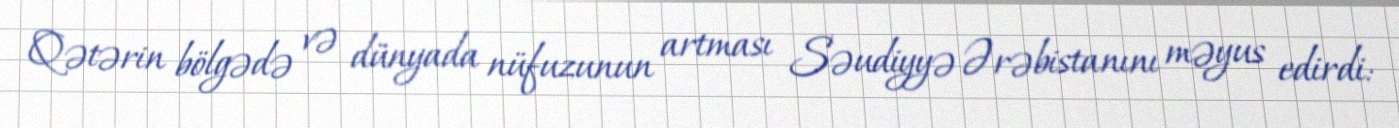
Qətərin bölgədə və dünyada nüfuzunun artması Səudiyyə Ərəbistanını məyus edirdi: